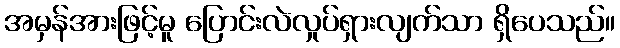
အမှန်အားဖြင့်မူ ပြောင်းလဲလှုပ်ရှားလျက်သာ ရှိပေသည်။